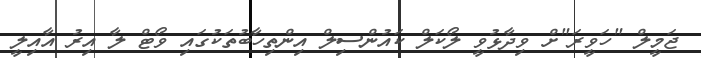
ޖަމީލް "ހަވީރަ"ށް ވިދާޅުވީ ލޯކަލް ކައުންސިލް އިންތިހާބުތަކުގައި ވޯޓް ލާ އިރު އާއިލީ